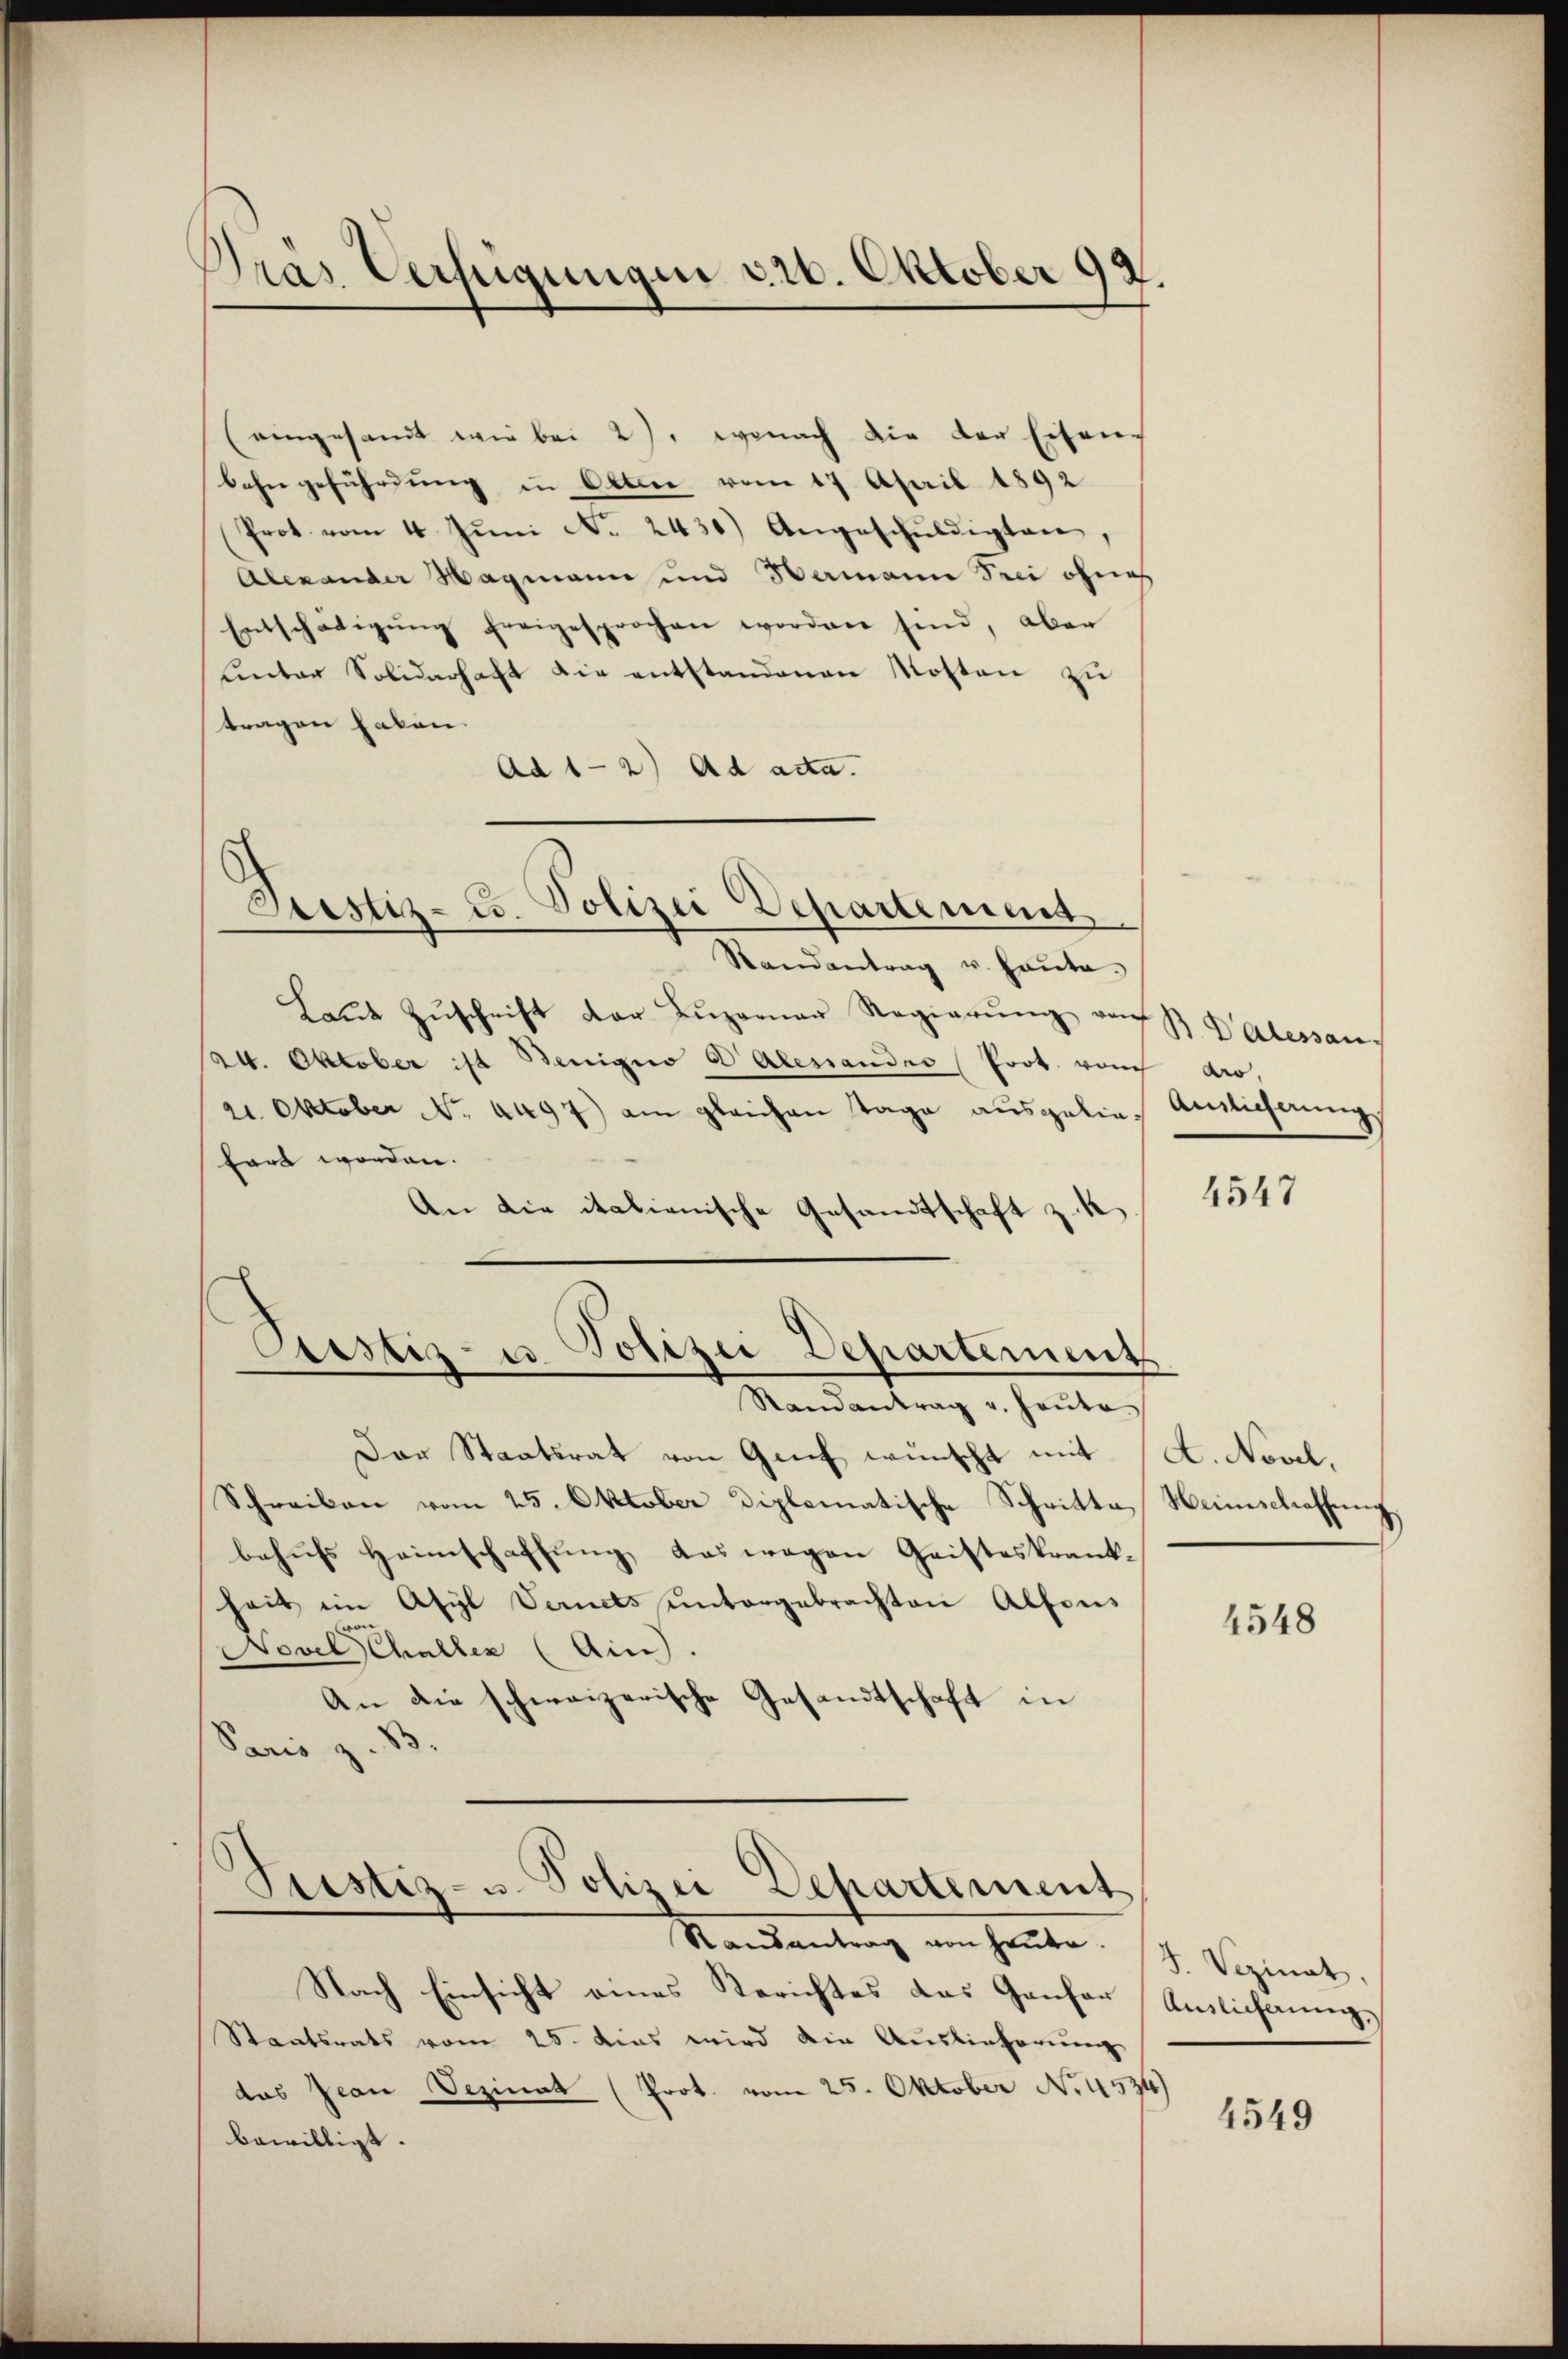
Dras Verfügungen v 10. Oktober 92.

(eingesandt wir bei 2), wonach die der Eisen-
bahngeführung in Otten vom 17. April 1892
Prot vom 4. Juni No 2431) Angeschŭldigten,
Alexander Wagmann und Samann sei ohneh
Entschädigŭng freigesprochen worden sind, aber
uinter Solidarhaft die entstandenen Kosten zu
tragen haben.
Ad 1-2) ad acta.

Justiz- u. Polizei Departement

Randantrag u. Haŭte.
Laŭt Zŭschrift der Lŭzerner Regierŭng von B. Palessan
24. Oktober ist Benigno DAlenandes Prot. von dro
2. Oktober No. 4497) am gleichen Tage ausgeliefart worden.
An die italienische Gesandtschaft zu k
Randantrag v. Hauto
Der Staatsrat von Genf wünscht mit
Schreiben vom 25. Oktober Diplomatische Schritte
behufs Heimschaffung das wegen Geisteskrank-
hait im Asyl Vernets ŭntergebrachten Alfons
Novel Challen (Ain).
An die schweizerische Gesandtschaft in
Paris z. B.
Justiz- u. Polizei Departement

Astiz- u Polizei Departement

Randantrag von heute. J. Viginat

Nach Einsicht eines Berichtes das Ganfer Auslichnung,
Staatsrats vom 25. dies wird die Auslieferung
das Jean Sizinat (Prot. vom 25. Oktober No. 4534)
bewilligt. |

Ansicherung

4547

A. Novel,
Weinschaffŭng

4548

4549